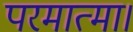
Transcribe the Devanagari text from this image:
परमात्मा।